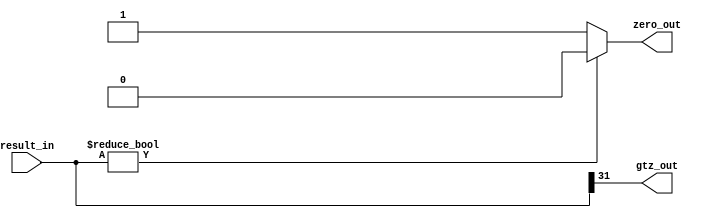
`timescale 1ns / 1ps
// equality_detector.v
// Assignment_2 
// Question : 3
// Name : Rupapara Prashant Govindlal
// Roll Num : 11307R008

module equality_detector (zero_out,gtz_out,result_in);
parameter BUS_WIDTH = 32;

output zero_out,gtz_out;
input  [BUS_WIDTH-1 : 0]result_in; 	

wire  zero_out,gtz_out;
wire  [BUS_WIDTH-1 : 0] result_in; 

assign zero_out = result_in ? 0 : 1;
assign gtz_out = result_in[BUS_WIDTH-1];
		
endmodule